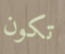
تكون